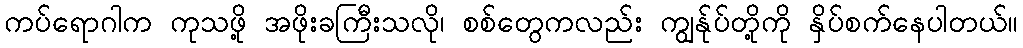
ကပ်ရောဂါက ကုသဖို့ အဖိုးခကြီးသလို၊ စစ်တွေကလည်း ကျွန်ုပ်တို့ကို နှိပ်စက်နေပါတယ်။